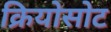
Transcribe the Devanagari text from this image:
क्रियोसोट